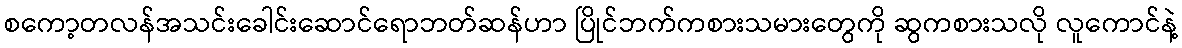
စကော့တလန်အသင်းခေါင်းဆောင်ရောဘတ်ဆန်ဟာ ပြိုင်ဘက်ကစားသမားတွေကို ဆွကစားသလို လူကောင်နဲ့